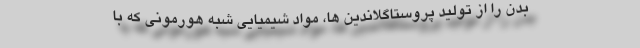
بدن را از تولید پروستاگلاندین ها، مواد شیمیایی شبه هورمونی که با